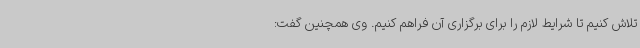
تلاش کنیم تا شرایط لازم را برای برگزاری آن فراهم کنیم. وی همچنین گفت: